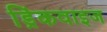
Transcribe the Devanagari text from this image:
ड्रिंकवाइज